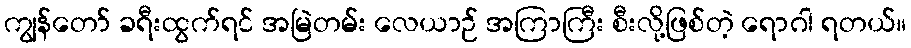
ကျွန်တော် ခရီးထွက်ရင် အမြဲတမ်း လေယာဉ် အကြာကြီး စီးလို့ဖြစ်တဲ့ ရောဂါ ရတယ်။